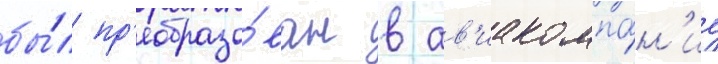
бы́л пр'еобразо́ван в ав'иакомпа́н'иу